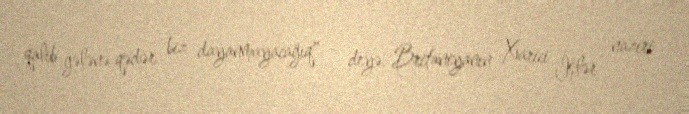
qalib gələnə qədər biz dayanmayacağıq" - deyə, Britaniyanın Xarici İşlər naziri